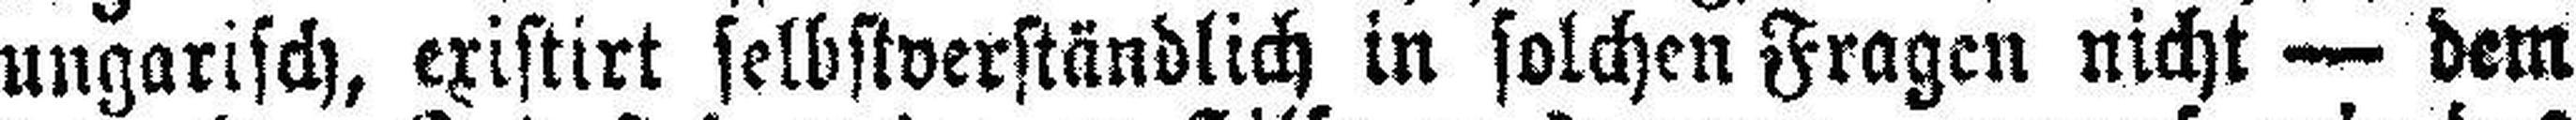
ungarisch, existirt selbstverständlich in solchen Fragen nicht — dem